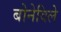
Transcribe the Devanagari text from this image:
बोनेविले